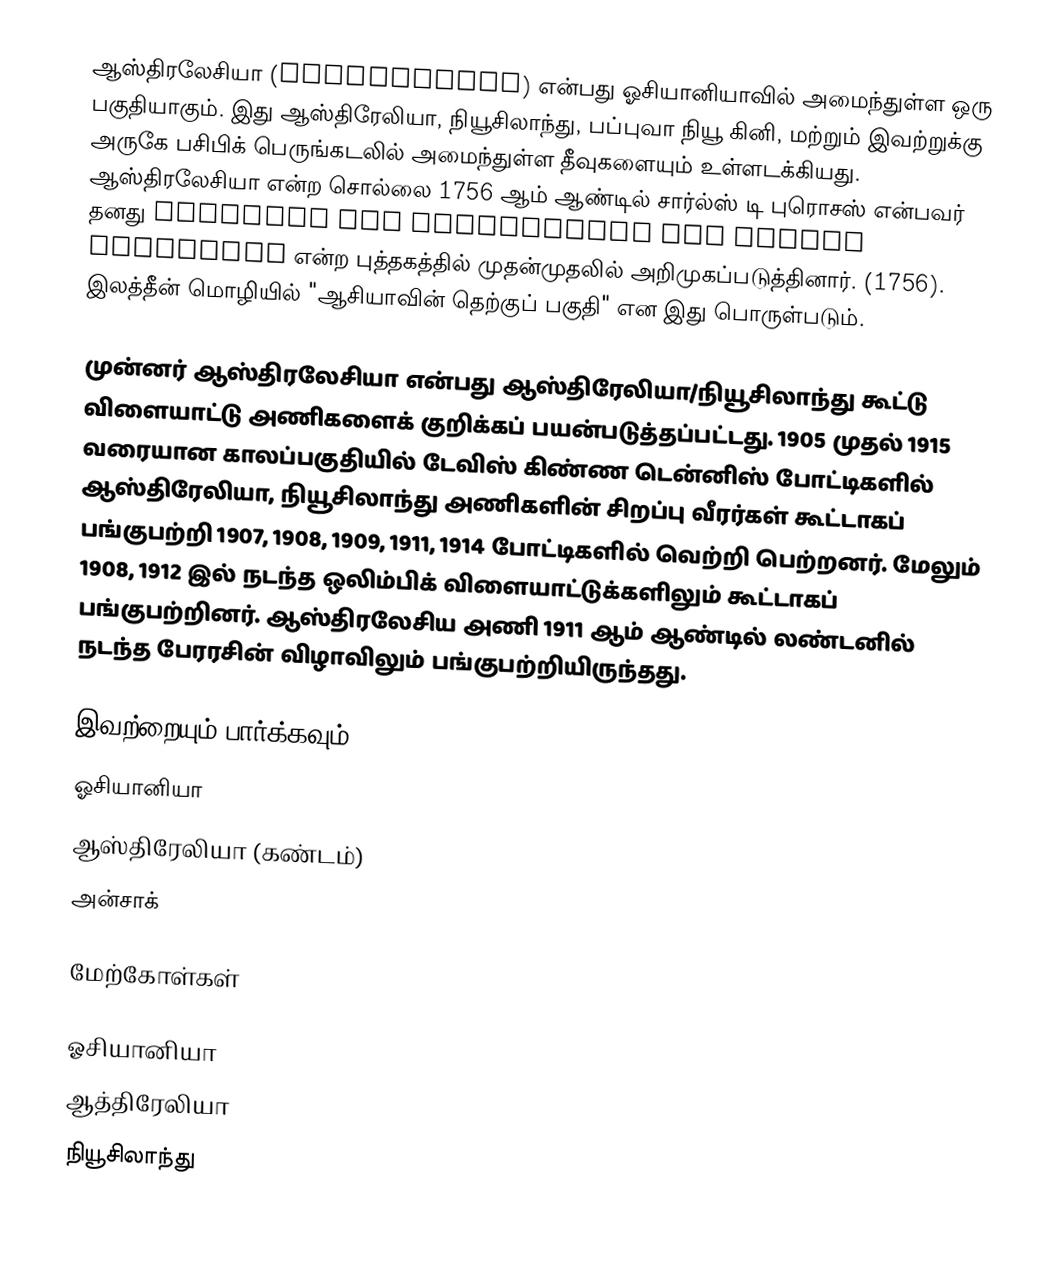
ஆஸ்திரலேசியா (Australasia) என்பது ஓசியானியாவில் அமைந்துள்ள ஒரு பகுதியாகும். இது ஆஸ்திரேலியா, நியூசிலாந்து, பப்புவா நியூ கினி, மற்றும் இவற்றுக்கு அருகே பசிபிக் பெருங்கடலில் அமைந்துள்ள தீவுகளையும் உள்ளடக்கியது. ஆஸ்திரலேசியா என்ற சொல்லை 1756 ஆம் ஆண்டில் சார்ல்ஸ் டி புரொசஸ் என்பவர் தனது Histoire des navigations aux terres australes என்ற புத்தகத்தில் முதன்முதலில் அறிமுகப்படுத்தினார். (1756). இலத்தீன் மொழியில் "ஆசியாவின் தெற்குப் பகுதி" என இது பொருள்படும்.

முன்னர் ஆஸ்திரலேசியா என்பது ஆஸ்திரேலியா/நியூசிலாந்து கூட்டு விளையாட்டு அணிகளைக் குறிக்கப் பயன்படுத்தப்பட்டது. 1905 முதல் 1915 வரையான காலப்பகுதியில் டேவிஸ் கிண்ண டென்னிஸ் போட்டிகளில் ஆஸ்திரேலியா, நியூசிலாந்து அணிகளின் சிறப்பு வீரர்கள் கூட்டாகப் பங்குபற்றி 1907, 1908, 1909, 1911, 1914 போட்டிகளில் வெற்றி பெற்றனர். மேலும் 1908, 1912 இல் நடந்த ஒலிம்பிக் விளையாட்டுக்களிலும் கூட்டாகப் பங்குபற்றினர். ஆஸ்திரலேசிய அணி 1911 ஆம் ஆண்டில் லண்டனில் நடந்த பேரரசின் விழாவிலும் பங்குபற்றியிருந்தது.

இவற்றையும் பார்க்கவும்
 ஓசியானியா
 ஆஸ்திரேலியா (கண்டம்)
 அன்சாக்

மேற்கோள்கள்

ஓசியானியா
ஆத்திரேலியா
நியூசிலாந்து